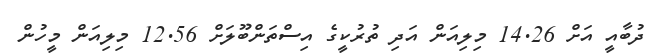
ދުބާއީ އަށް 14.26 މިލިއަން އަދި ތުރުކީގެ އިސްތަންބޫލަށް 12.56 މިލިއަން މީހުން